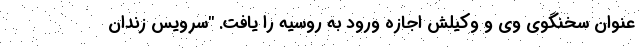
عنوان سخنگوی وی و وکیلش اجازه ورود به روسیه را یافت. "سرویس زندان